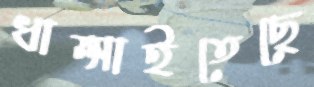
ধাম্‌সাইতেছে